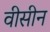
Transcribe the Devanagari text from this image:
वीसीन